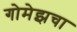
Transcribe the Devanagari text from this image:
गोमेझचा